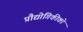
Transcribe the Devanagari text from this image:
प्रौद्योगिकीको